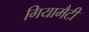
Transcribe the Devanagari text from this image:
गियामैटी